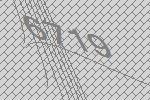
6719